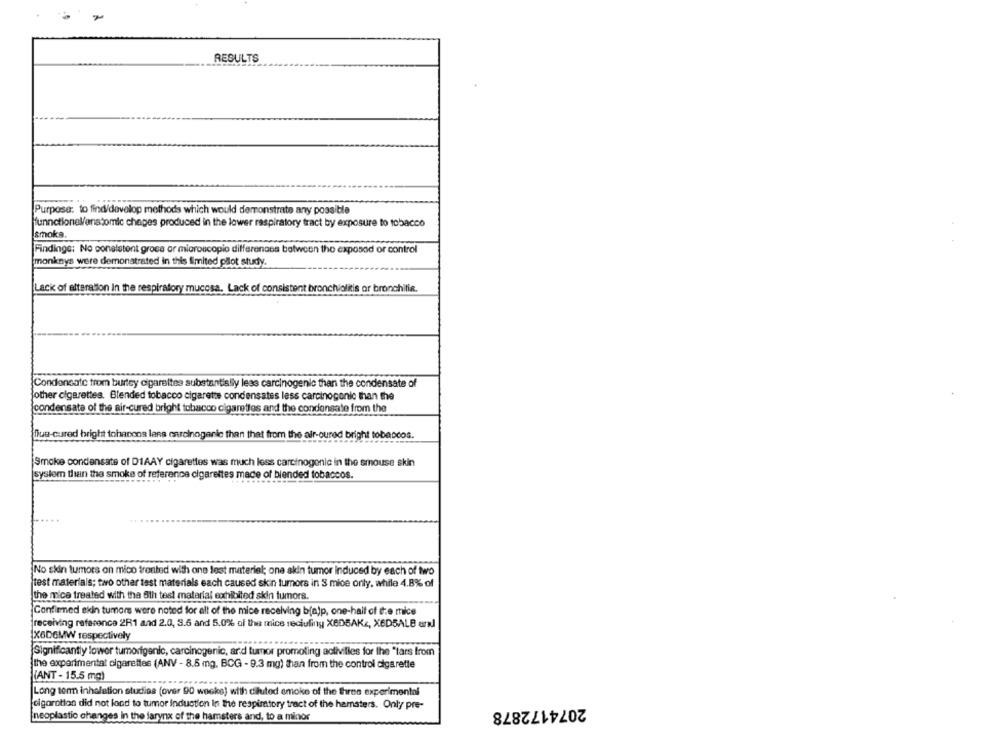
RESULTS
Purpose: to find/develop methods which would demonstrate any possible
funnctionel/anatomic chages produced in the lower respiratory tract by exposure to tobacco
smoke.
Findings: No consistent groes ar microscopio differenass between the exposed or control
monkeys were demonstrated in this limited pilot study.
Lack of alteration In the respiratory mucosa. Lack of consistent bronchiolitis or bronchitie.
Condensate from burtey cigarettes substantially lees carcinogenic than the condensate of
other cigarettes. Blended tobacco cigarette condensates less carcinogenic than the
condensate of the air-cured bright tobacco cigarettes and the condensate from the
flug-cured bright tohanons lans enrolnogenic than that from the air-oured bright tobe
COS.
Smoke condensate of DIAAY cigarettes was much less carcinogenic in the smouse skin
system than the smoke of reference cigarettes made of blended tobaccos.
No skin tumors on mico tronted with one lest materiel; one skin tumor induced by each of two
test materials; two other test materials each caused skin tumors in S mice only, while 4.8% of
the mice treated with the 6th test material exhibited skin tumors.
Confirmed skin tumors were noted for all of the mice receiving bfajp, one-half of the mice
receiving reference 2R1 and 2.0, 3.5 and 5.0% of the mice reciuliny XBDBAK ., X6D5ALB en
X6D6MW respectively
Significantly lower tumorigenic, carcinogenic, ard tumor promoting activities for the "tars from
the experimental cigarettes (ANV - 8.5 mg, BCG - 9.3 mg) than from the control cigarette
(ANT - 15.5 mg)
Long ten inhalation studies (over 90 weeke) with diluted emoko of the three experimental
cigarottos did not fond to tumor induction in the respiratory tract of the hamsters. Only pre-
2074172878
neoplastio changes in the larynx of the hamsters and, to a minor